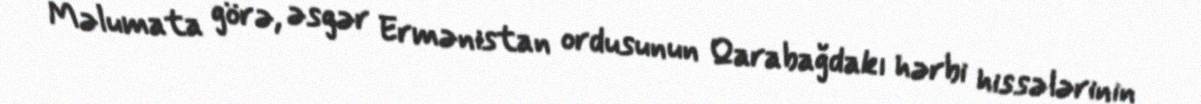
Məlumata görə, əsgər Ermənistan ordusunun Qarabağdakı hərbi hissələrinin